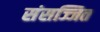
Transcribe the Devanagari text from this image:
संसज्जित